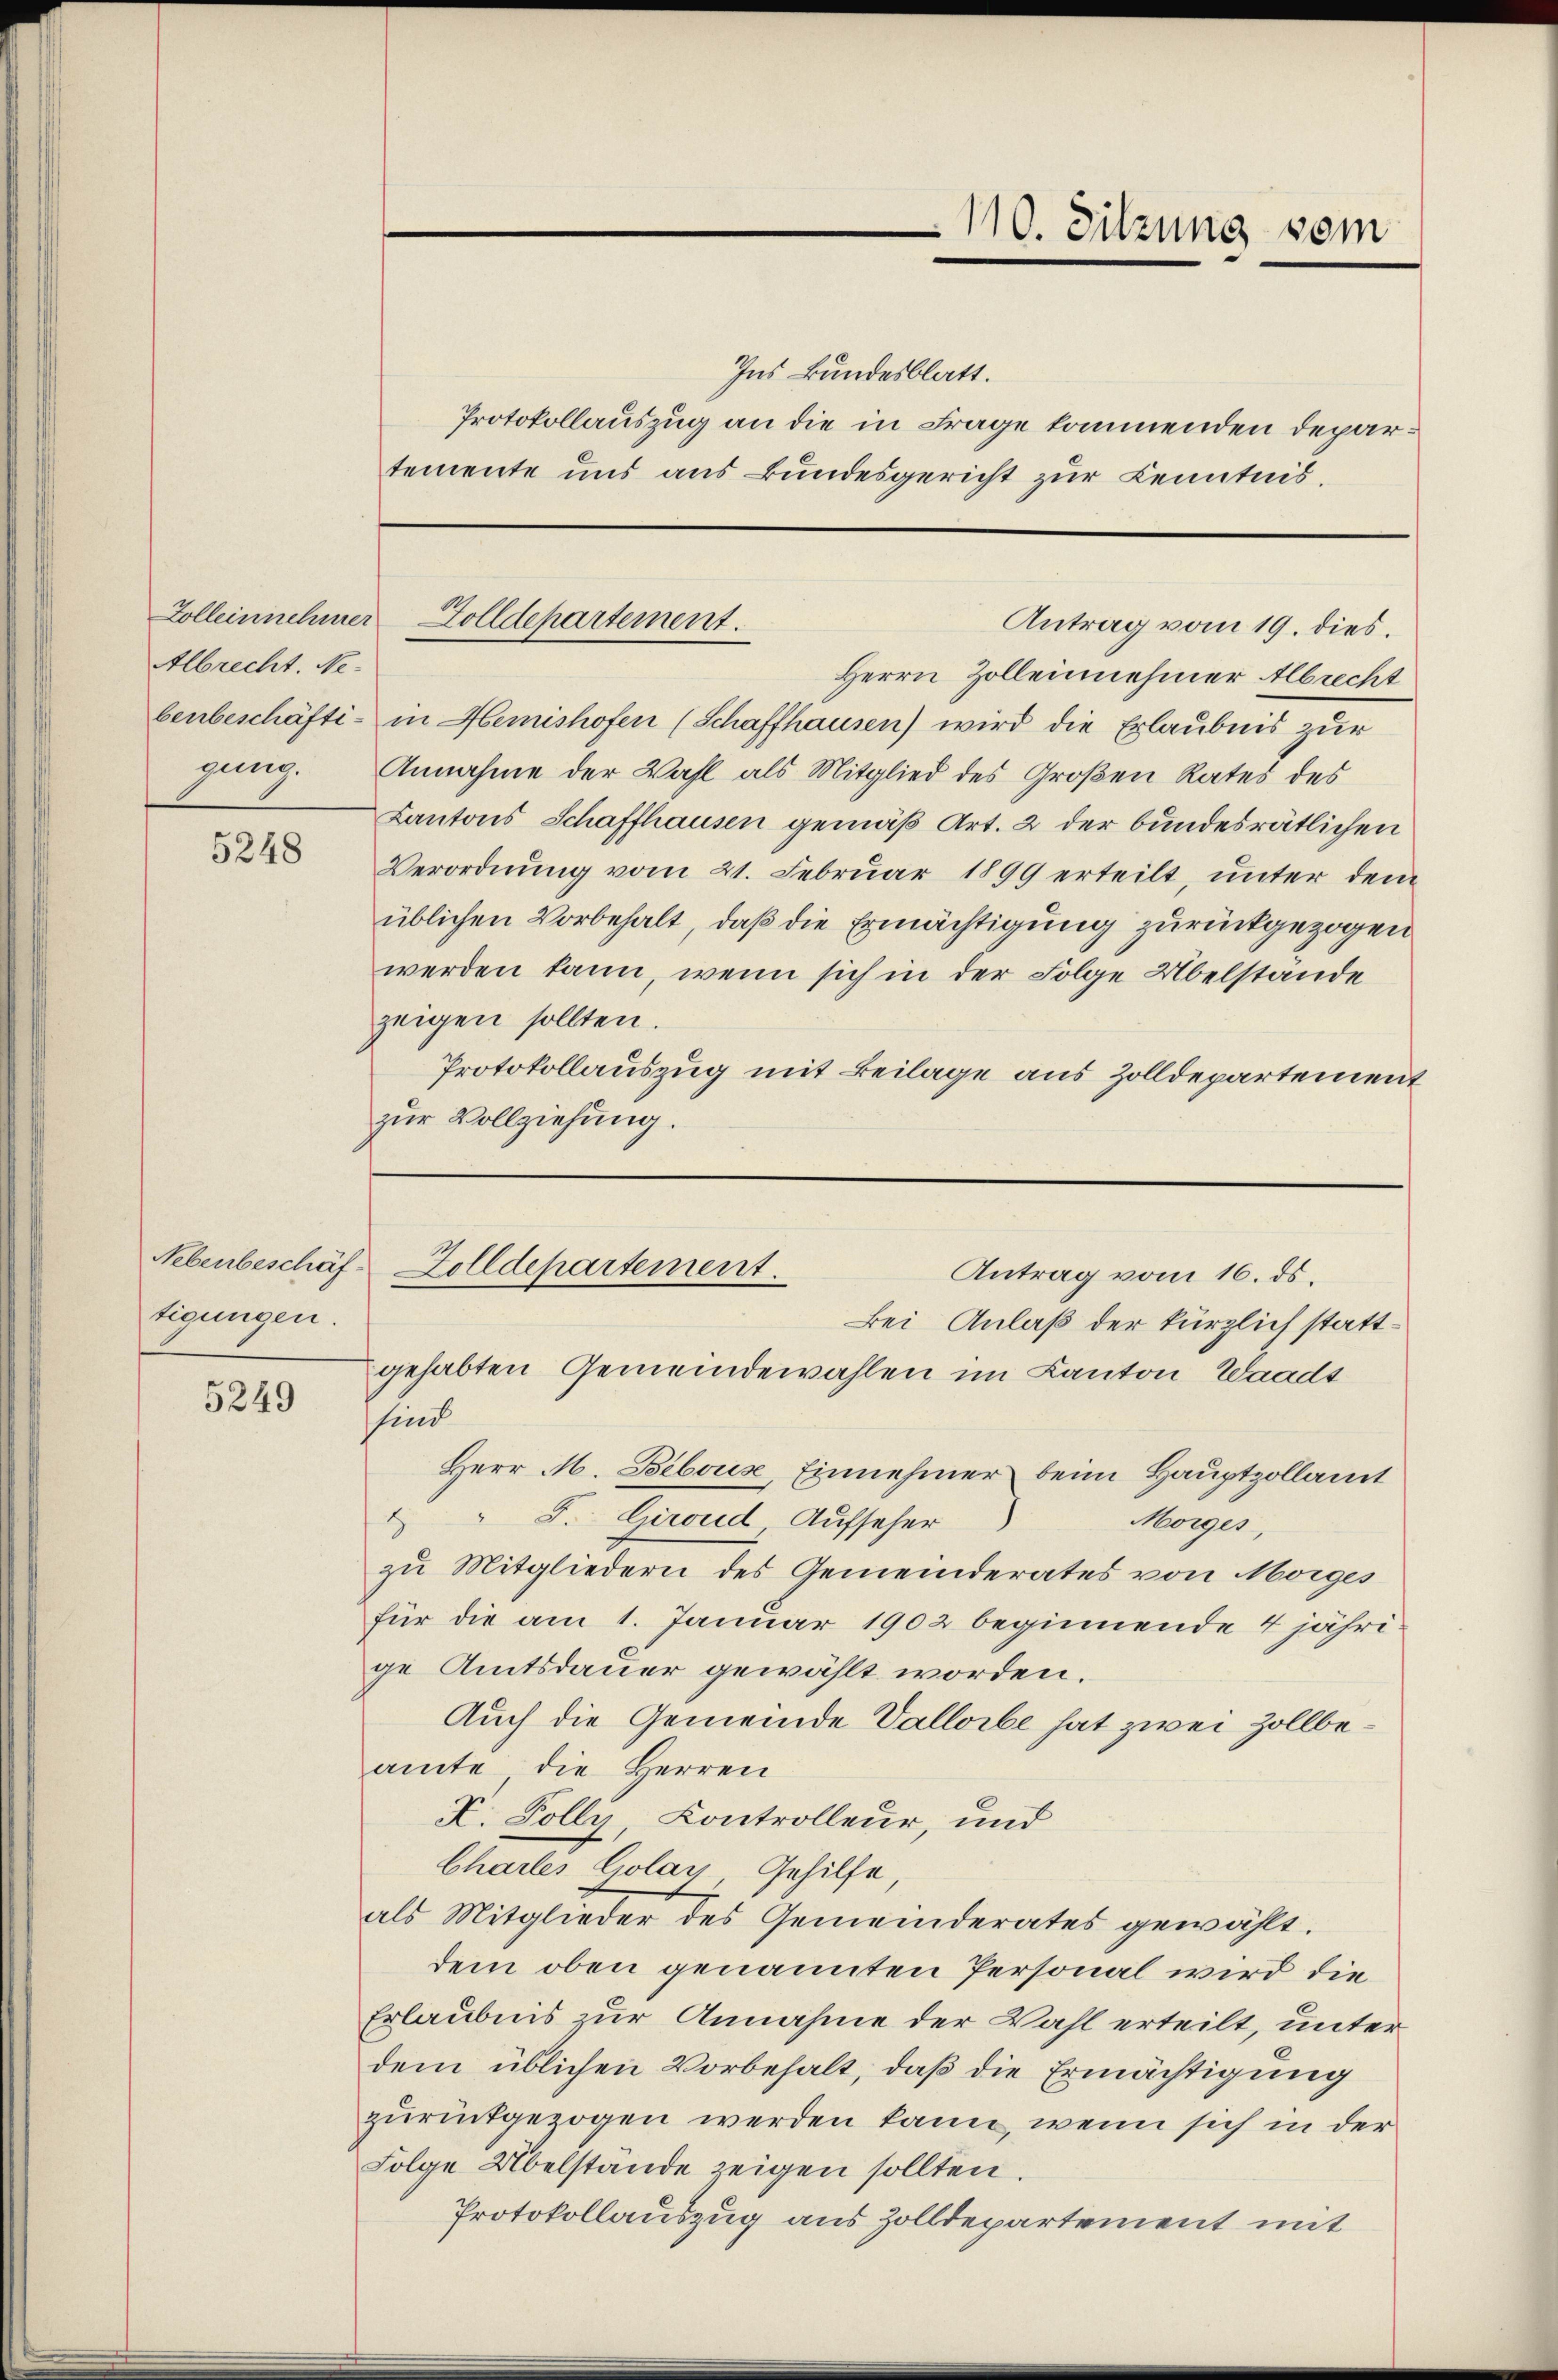
Albrecht. Negung.

5248

Nebenbeschäf
tigungen.

5249

Ins Bundesblatt.
Protokollauszug an die in Frage kommenden Departemente uns aus Bundesgericht zur Kenntnis¬

110. Sitzung vom

Zolleinnehmer Zolldepartement.
Antrag vom 19. dies.

Herrn Zolleinehmer Albrecht
benbeschäfti- in Hemishofen (Schaffhausen) wird die Erlaubnis zur
Annahme der Wahl als Mitglied des Großen Rates des
Kantons Schaffhausen gemäß Art. 2 der bundesrätlichen
Verordnŭng vom 21. Febrŭar 1899 erteilt, unter dem
üblichen Vorbehalt, daß die Ermächtigung zurückgezogen
werden kann, wenn sich in der Folge Übelstande
zeigen sollten.
Protokollauszug mit Beilage aus Zolldepartement
zur Vollziehung.

Zolldepartement.
Antrag vom 16. ds.
Bei Anlaß der kürzlich stattgehabten Gemeindewahlen im Kanton Waadt

sind
Herr M. Bébouse, Einnehmer beim Hauptzollamt
F. Giroud, Aufseher
2
Morges,
zu Mitgliedern des Gemeinderates von Morges
für die am 1. Januar 1902 beginnende 4 jährige Amtsdauer gewählt worden.
Auch die Gemeinde Vallorbe hat zwei Zollbeamte die Herren
V. Polly, Controlleur, und
Chartes Colay Gehilfe,
als Mitglieder des Gemeinderates gewählt.
dem oben genannten Personal wird die
Erlaubnis zur Annahme der Wahl erteilt, unter
dem üblichen Vorbehalt, daß die Ermächtigung
zurückgezogen werden kann, wenn sich in der
Folge Übelstände zeigen sollten.
Protokollauszug aus Zolldepartement mit